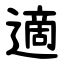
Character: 適